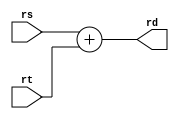
module add(rs,rt,rd);
input [31:0] rs,rt;
output reg [31:0] rd;

always @* begin
rd = rs+rt;
end
endmodule